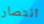
انتصار